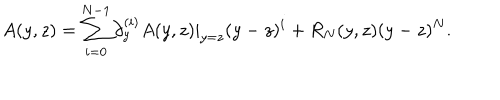
LaTeX: A ( y , z ) = \sum _ { i = 0 } ^ { N - 1 } \partial _ { y } ^ { ( i ) } A ( y , z ) | _ { y = z } ( y - z ) ^ { i } + R _ { N } ( y , z ) ( y - z ) ^ { N } .